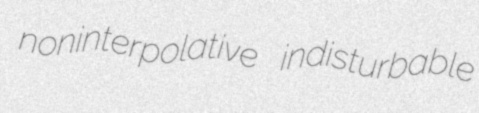
noninterpolative indisturbable